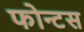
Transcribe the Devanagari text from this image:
फोन्टस